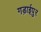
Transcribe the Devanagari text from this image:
गड़ाईपुर